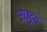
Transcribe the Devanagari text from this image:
उध्दृत